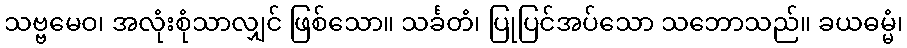
သဗ္ဗမေဝ၊ အလုံးစုံသာလျှင် ဖြစ်သော။ သင်္ခတံ၊ ပြုပြင်အပ်သော သဘောသည်။ ခယဓမ္မံ၊